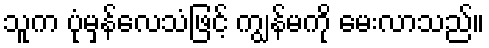
သူက ပုံမှန်လေသံဖြင့် ကျွန်မကို မေးလာသည်။